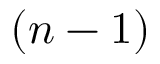
( n - 1 )